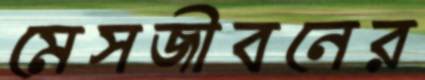
মেসজীবনের